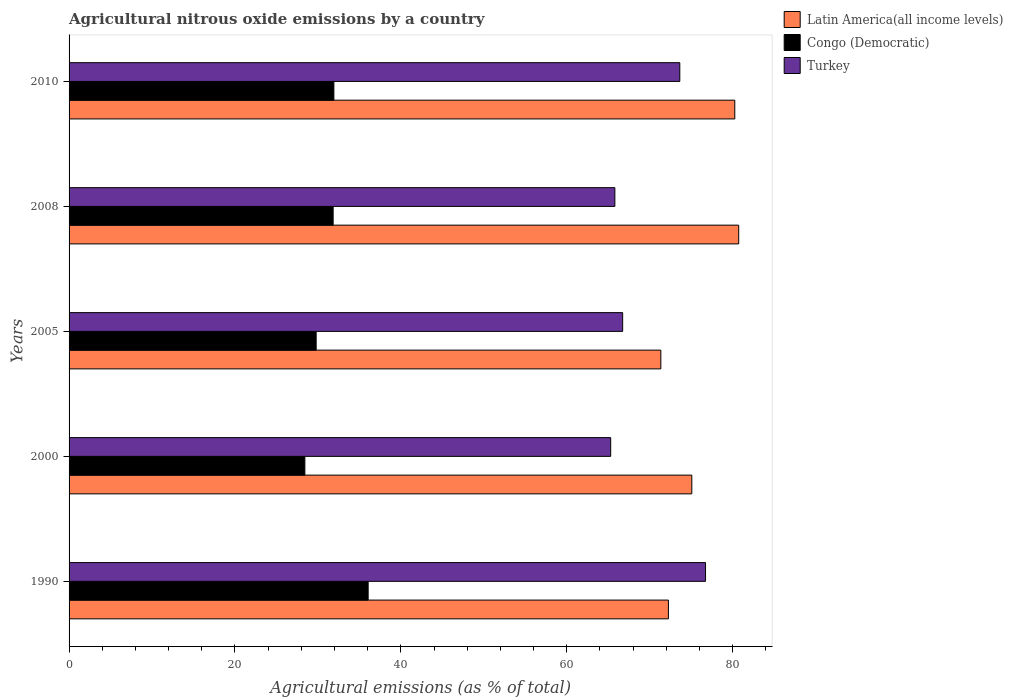
| Years | Latin America(all income levels) | Congo (Democratic) | Turkey |
 | --- | --- | --- | --- |
 | 1990 | 72.3 | 36.1 | 76.7 |
 | 2000 | 75.1 | 28.4 | 65.3 |
 | 2005 | 71.3 | 29.8 | 66.7 |
 | 2008 | 80.7 | 31.8 | 65.8 |
 | 2010 | 80.3 | 31.9 | 73.6 |